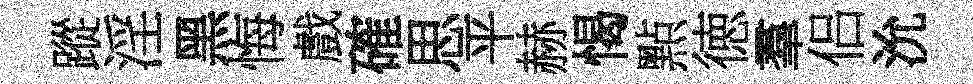
蹤淫黑悔戲確思平赫愒㸃徳羣侣沇